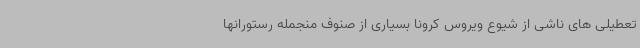
تعطیلی های ناشی از شیوع ویروس کرونا بسیاری از صنوف منجمله رستورانها